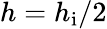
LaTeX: h=h_{\mathrm{i}}/2